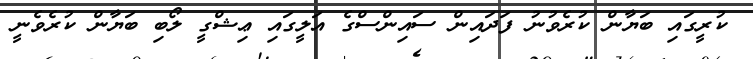
ކުރީގައި ބަޔާން ކުރެވުނު ފަދައިން ސައިންސްގެ އަލީގައި ޢިޝްގީ ލޯބި ބަޔާން ކުރެވެނީ